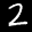
Label: 2